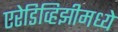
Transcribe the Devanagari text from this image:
एरेडिव्हिझीमध्ये